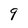
Character: 9